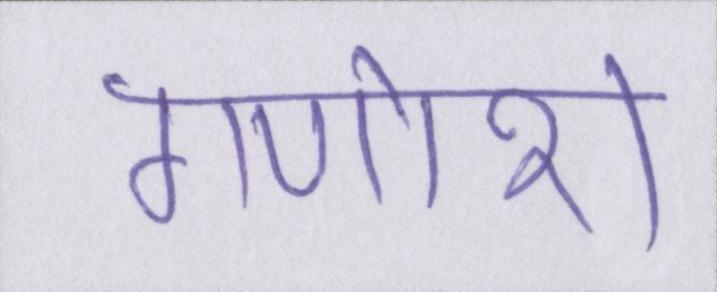
गणोश